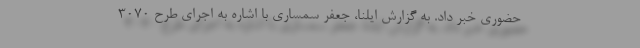
حضوری خبر داد. به گزارش ایلنا، جعفر سمساری با اشاره به اجرای طرح ۳۰۷۰